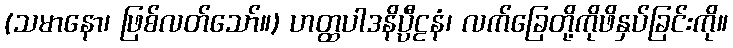
(သမာနော၊ ဖြစ်လတ်သော်။) ဟတ္ထပါဒနိပ္ပီဠနံ၊ လက်ခြေတို့ကိုဖိနှပ်ခြင်းကို။